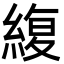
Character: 緮